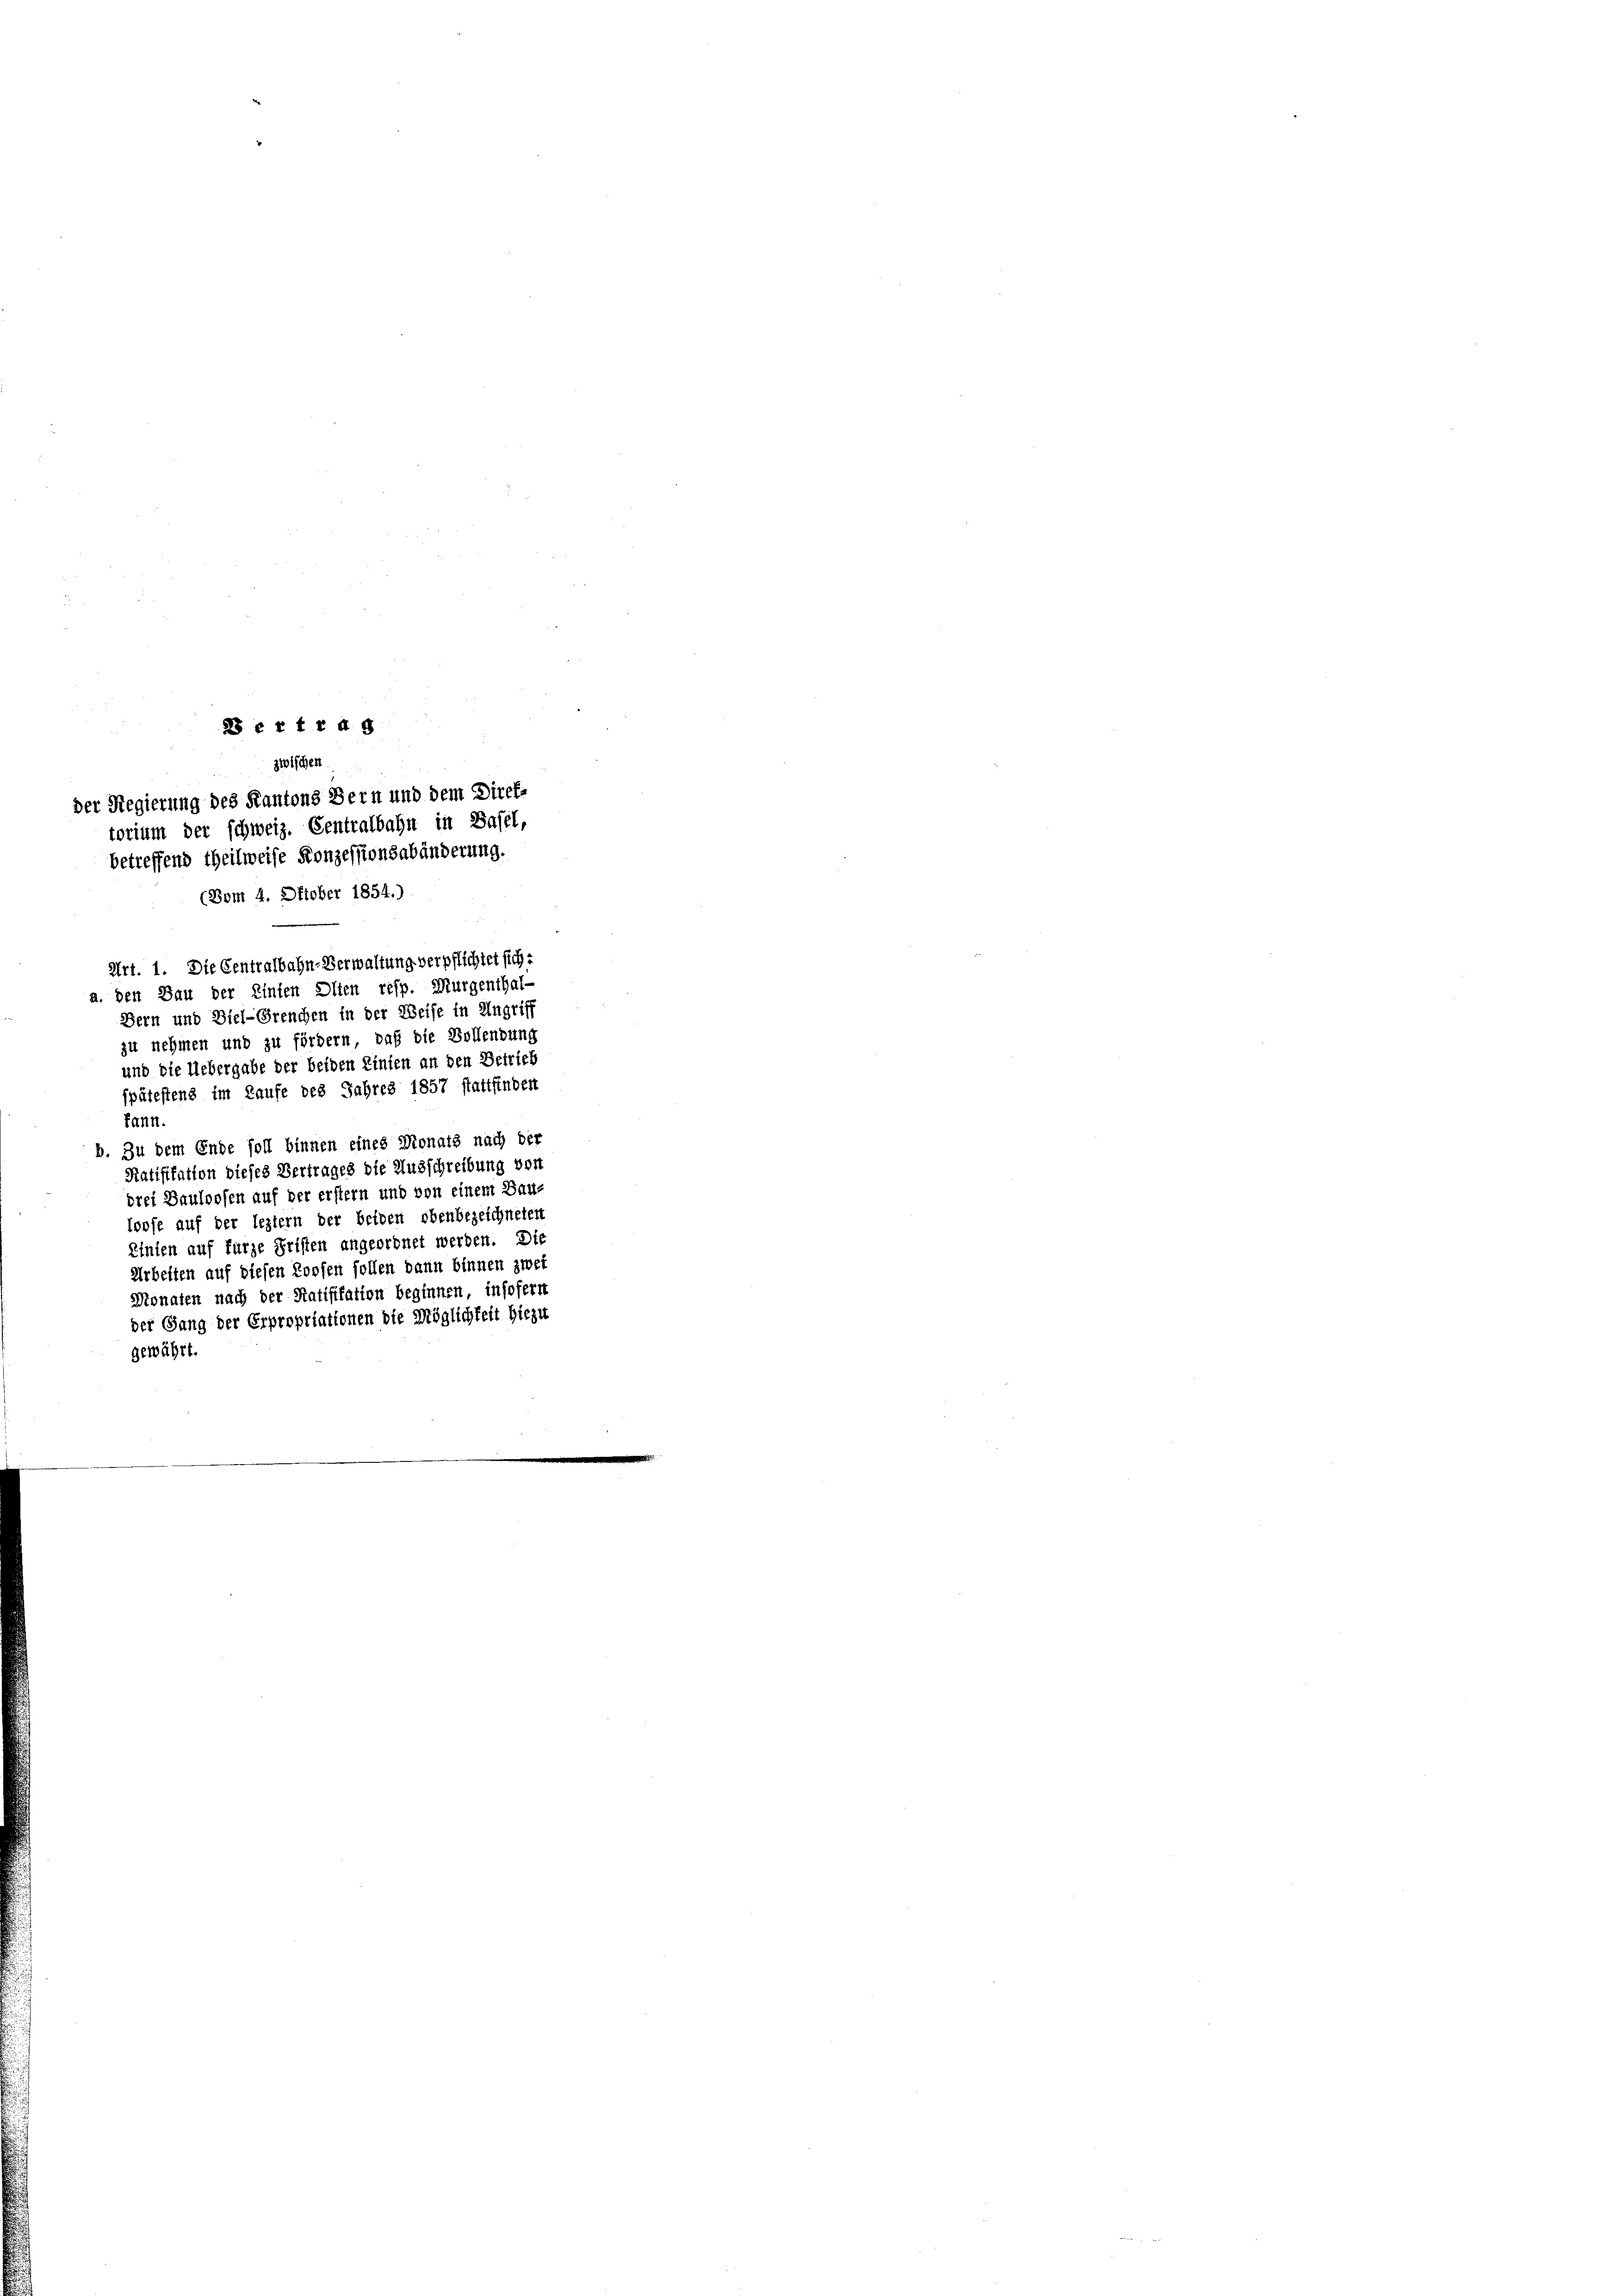
2 et trag
Zwischen
der Regierung des Kantons Bern und dem Direktorium der schweiz. Centralbahn in Basel,
betreffend theilweise Konzessionsabänderung.
(Bom 4. Oktober 1854.)

Art. 1. Die Centralbahn-Verwaltung verpflichtet sich
a. den Bau der Einten Olten resp. Murgenthal-
Bern und Diel-Greuchen in der Weise in Ungriff
zu nehmen und zu fördern, daß die Bollendung
und die Uebergabe der beiden Linien an den Betrieb
spätestens im Laufe des Jahres 1857 stattfinden
kann.
b. Zu dem Ende soll binnen eines Monats nach der
Ratifikation dieses Vertrages die Ausschreibung von
drei Bauloofen auf der erstern und von einem Bau-
loose auf der leztern der beiden obenbezeichneten
Einten auf furze Fristen angeordnet werden. Die
Arbeiten auf diesen Roosen sollen dann binnen zwei
Monaten nach der Ratifikation beginnen, insofern
der Gang der Erpropriationen die Möglichkeit hiezu
gewährt.